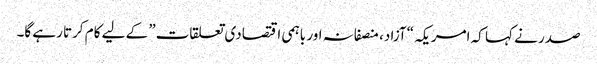
صدر نے کہا کہ امریکہ “آزاد، منصفانہ اور باہمی اقتصادی تعلقات” کے لیے کام کرتا رہے گا۔